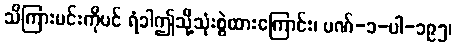
သိကြားမင်းကိုပင် ရံခါဤသို့သုံးစွဲထားကြောင်း၊ ပဏ်-၁-ပါ-၁၉၅၊